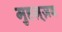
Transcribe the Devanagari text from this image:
मुहज़्ज़ब